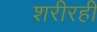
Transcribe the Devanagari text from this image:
शरीरही